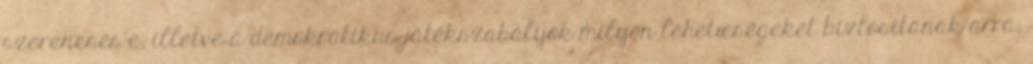
szerencsés-e, illetve a demokratikus játékszabályok milyen lehetœségeket biztosítanak arra,